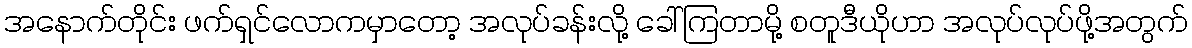
အနောက်တိုင်း ဖက်ရှင်လောကမှာတော့ အလုပ်ခန်းလို့ ခေါ်ကြတာမို့ စတူဒီယိုဟာ အလုပ်လုပ်ဖို့အတွက်